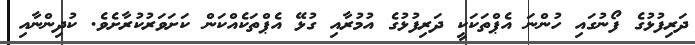
ދަރިފުޅުގެ ފޯނުގައި ހުންނަ އެޕްތަކަކީ ދަރިފުޅުގެ އުމުރާއި ގުޅޭ އެޕްތަކެއްކަން ކަށަވަރުކުރާށެވެ. ކުދިންނާއި